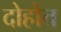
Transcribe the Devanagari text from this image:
दोहोत